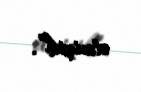
etmişik”.